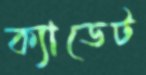
ক্যাডেট